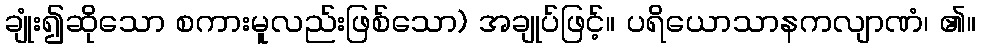
ချုံး၍ဆိုသော စကားမူလည်းဖြစ်သော) အချုပ်ဖြင့်။ ပရိယောသာနကလျာဏံ၊ ၏။